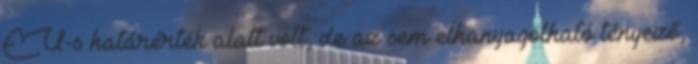
EU-s határérték alatt volt, de az sem elhanyagolható tényező,